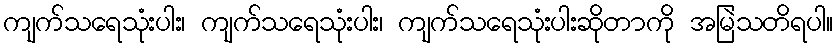
ကျက်သရေသုံးပါး၊ ကျက်သရေသုံးပါး၊ ကျက်သရေသုံးပါးဆိုတာကို အမြဲသတိရပါ။